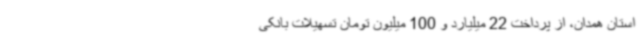
استان همدان، از پرداخت 22 میلیارد و 100 میلیون تومان تسهیلات بانکی